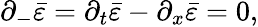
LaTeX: \partial_{-}\bar{\varepsilon}=\partial_{t}\bar{\varepsilon}-\partial_{x}\bar{\varepsilon}=0,